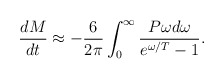
\begin{align*}{dM\over dt} \approx -{6\over 2\pi}\int_0^{\infty}{P\omega d\omega\over e^{\omega/T}-1}. \end{align*}